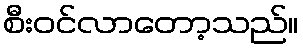
စီးဝင်လာတော့သည်။